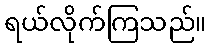
ရယ်လိုက်ကြသည်။